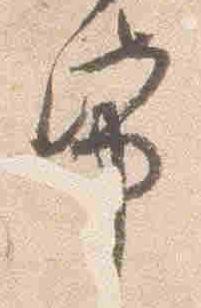
紙